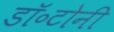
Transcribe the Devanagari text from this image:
डॉ॰टोनी